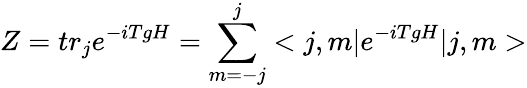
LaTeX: Z=tr_{j}e^{-iTgH}=\sum_{m=-j}^{j}<j,m|e^{-iTgH}|j,m>